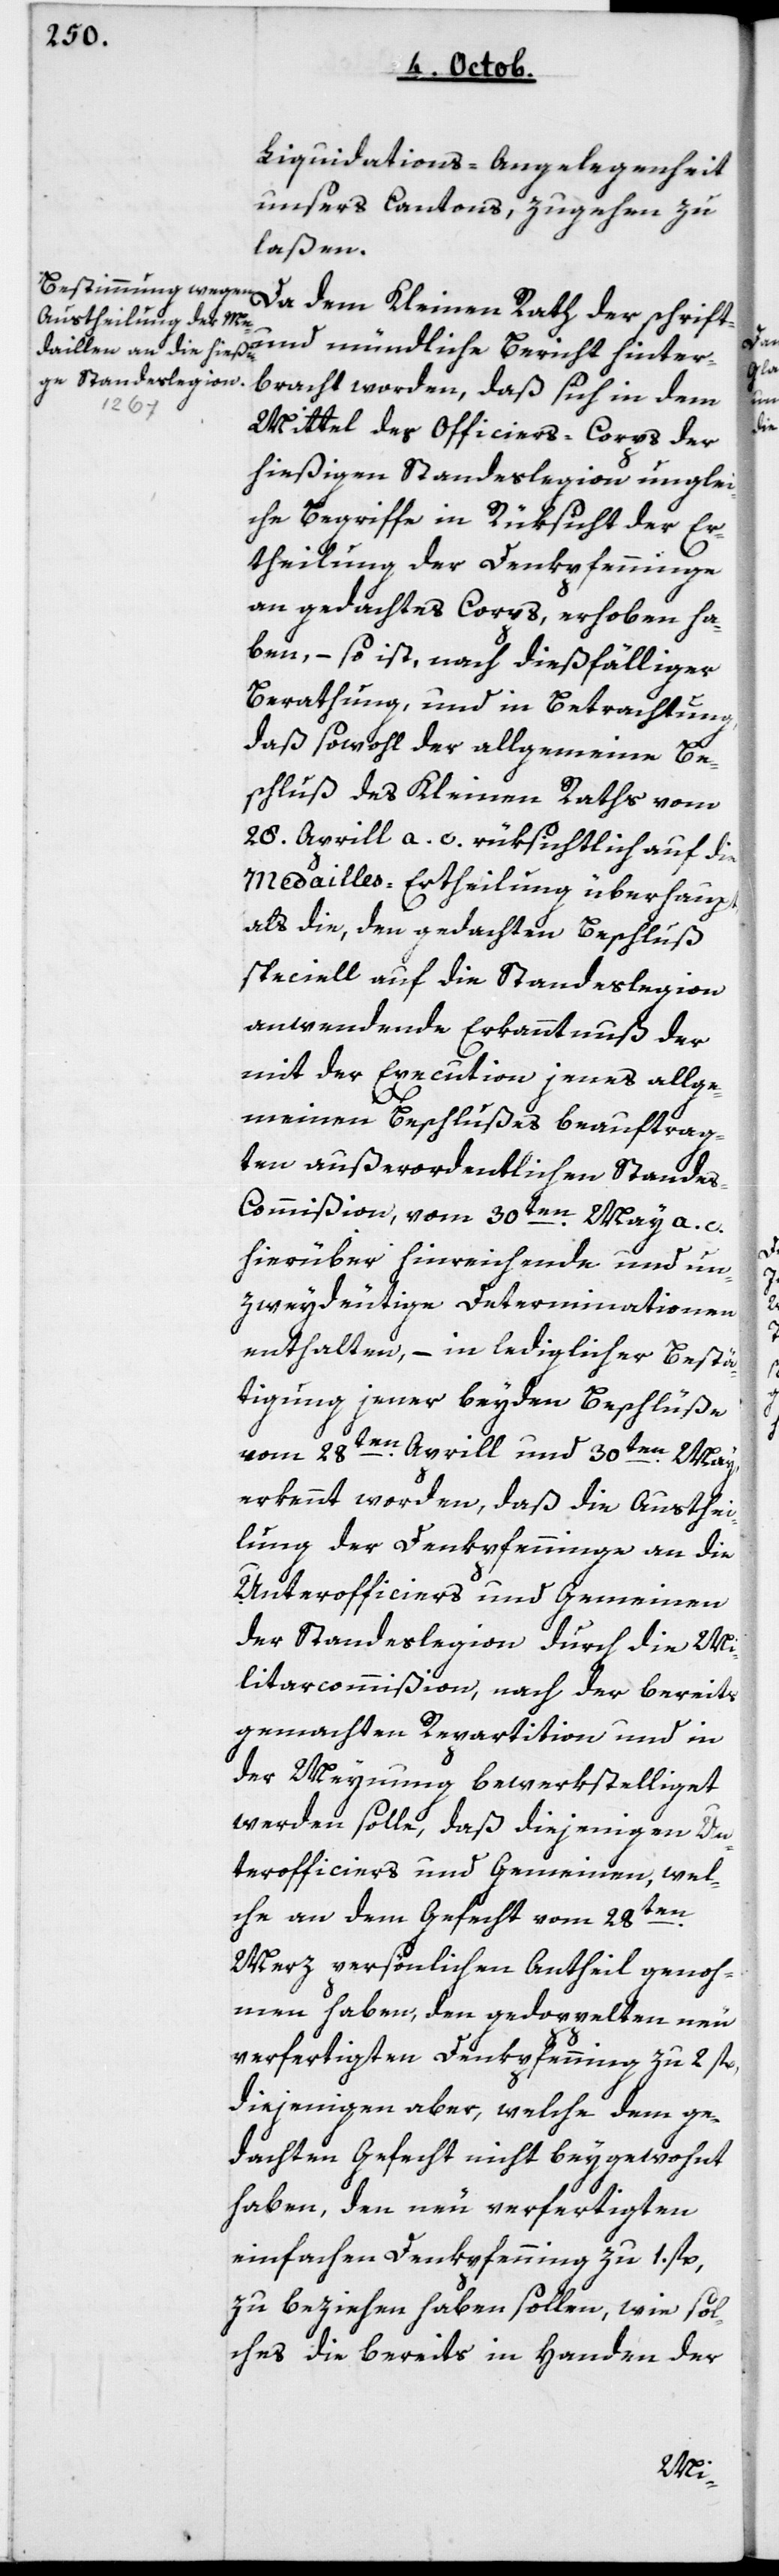
Liquidations-Angelegenheit
unsers Cantons zugehen zu
laßen.
und mündliche Bericht hinter¬
bracht worden, daß sich in dem
Mittel des Officiers-Corps der
hießigen Standeslegion unglei¬
che Begriffe in Rüksicht der Er¬
theilung der Denkpfenninge
an gedachtes Corps, erhoben ha¬
ben, – so ist, nach dießfälliger
Berathung, und in Betrachtung
daß sowohl der allgemeine Be¬
schluß des Kleinen Raths vom
28. April a. c. rüksichtlich auf die
Medailles-Ertheilung überhaupt,
als die, den gedachten Beschluß
speciell auf die Standeslegion
anwendende Erkanntnuß der
mit der Execution jenes allge¬
meinen Beschlußes beauftrag¬
ten außerordentlichen Stande¬
s-Commißion vom 30ten May a. c.
hierüber hinreichende und un¬
zweydeutige Determinationen
enthalten, – in lediglicher Bestä¬
tigung jener beyden Beschlüße
vom 28te¬
n April und 30ten May
erkennt worden, daß die Austhei¬
lung der Denkpfenninge an die
Unterofficiers und Gemeinen
der Standeslegion durch die Mi¬
litarcommißion, nach der bereits
gemachten Repartition und in
der Meynung bewerkstelliget
werden solle, daß diejenigen Un¬
terofficiers und Gemeinen, wel¬
che an dem Gefecht vom 28ten
Merz persönlich Antheil geno¬
mmen haben, den gedoppelten neu¬
verfertigten Denkpfenning zu 2 fl.,
diejenigen aber, welche dem ge¬
dachten Gefecht nicht beygewohnt
haben, den neu verfertigten
einfachen Denkpfenning zu 1 fl.
zu beziehen haben sollen, wie sol¬
ches die bereits in Handen der
Kleinen